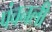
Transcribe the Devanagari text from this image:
पंचनली